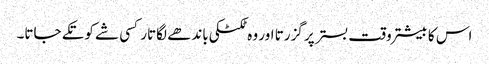
اس کا بیشتر وقت بستر پر گزرتا اور وہ ٹکٹکی باندھے لگاتار کسی شے کو تکے جاتا۔